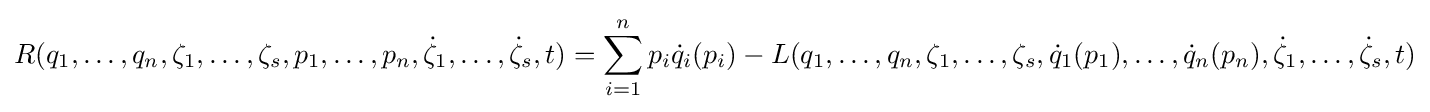
R(q_{1},\ldots ,q_{n},\zeta _{1},\ldots ,\zeta _{s},p_{1},\ldots ,p_{n},{\dot {\zeta }}_{1},\ldots ,{\dot {\zeta }}_{s},t)=\sum _{i=1}^{n}p_{i}{\dot {q}}_{i}(p_{i})-L(q_{1},\ldots ,q_{n},\zeta _{1},\ldots ,\zeta _{s},{\dot {q}}_{1}(p_{1}),\ldots ,{\dot {q}}_{n}(p_{n}),{\dot {\zeta }}_{1},\ldots ,{\dot {\zeta }}_{s},t)